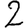
Digit: 2